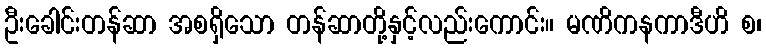
ဦးခေါင်းတန်ဆာ အစရှိသော တန်ဆာတို့နှင့်လည်းကောင်း။ မဏိကနကာဒီဟိ စ၊